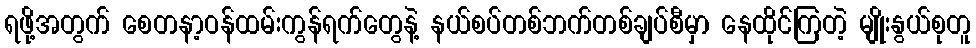
ရဖို့အတွက် စေတနာ့ဝန်ထမ်းကွန်ရက်တွေနဲ့ နယ်စပ်တစ်ဘက်တစ်ချပ်စီမှာ နေထိုင်ကြတဲ့ မျိုးနွယ်စုတူ